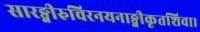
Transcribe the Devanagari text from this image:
सारङ्गीरुचिरनयनाङ्गीकृतशिवा।